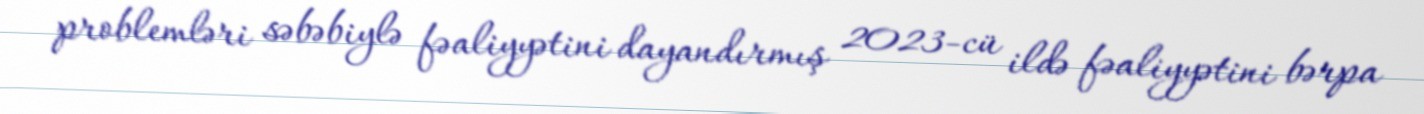
problemləri səbəbiylə fəaliyyətini dayandırmış 2023-cü ildə fəaliyyətini bərpa